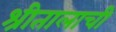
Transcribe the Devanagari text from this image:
श्रीतालाची